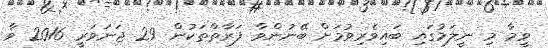
ވީމާ މި ނީލަމުގައި ބައިވެރިވުމަށް ބޭނުންވާ ފަރާތްތަކުން 29 ޖަނަވަރީ 2016 ވާ